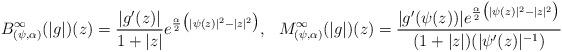
LaTeX: \begin{align*} B^\infty_{(\psi,\alpha)} (|g|)(z) = \frac{|g'(z)|}{1+|z|}e^{\frac{\alpha}{2}\big(|\psi(z)|^2-|z|^2\big)},\ \ M^\infty_{(\psi,\alpha)} (|g|)(z) = \frac{|g'(\psi(z))|e^{\frac{\alpha}{2}\big(|\psi(z)|^2-|z|^2\big)}}{(1+|z|)(|\psi'(z)|^{-1})} \end{align*}